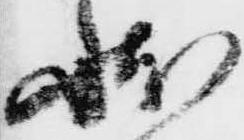
状